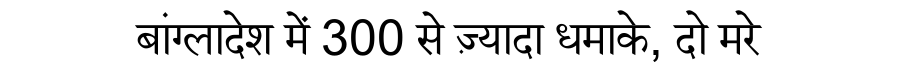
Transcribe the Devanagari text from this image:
बांग्लादेश में 300 से ज़्यादा धमाके, दो मरे